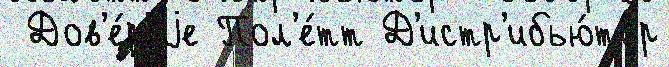
 Дов'е́р'иjе Пол'е́тт Д'истр'ибью́тор